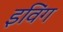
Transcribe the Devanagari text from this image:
इविंग